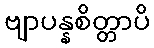
ဗျာပန္နစိတ္တာပိ